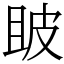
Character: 𤿚